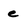
Character: e